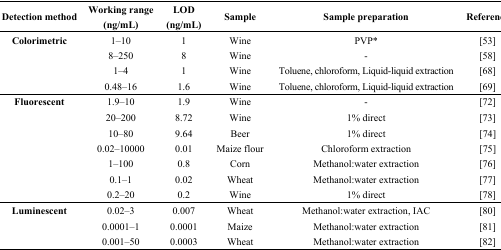
<table><thead><tr><td><b>Detection method</b></td><td><b>Working range (ng/mL)</b></td><td><b>LOD (ng/mL)</b></td><td><b>Sample</b></td><td><b>Sample preparation</b></td><td><b>Reference</b></td></tr></thead><tbody><tr><td rowspan="4"><b>Colorimetric</b></td><td>1–10</td><td>1</td><td>Wine</td><td>PVP*</td><td>[53]</td></tr><tr><td>8–250</td><td>8</td><td>Wine</td><td>-</td><td>[58]</td></tr><tr><td>1–4</td><td>1</td><td>Wine</td><td>Toluene, chloroform, Liquid-liquid extraction</td><td>[68]</td></tr><tr><td>0.48–16</td><td>1.6</td><td>Wine</td><td>Toluene, chloroform, Liquid-liquid extraction</td><td>[69]</td></tr><tr><td rowspan="7"><b>Fluorescent</b></td><td>1.9–10</td><td>1.9</td><td>Wine</td><td>-</td><td>[72]</td></tr><tr><td>20–200</td><td>8.72</td><td>Wine</td><td>1% direct</td><td>[73]</td></tr><tr><td>10–80</td><td>9.64</td><td>Beer</td><td>1% direct</td><td>[74]</td></tr><tr><td>0.02–10000</td><td>0.01</td><td>Maize flour</td><td>Chloroform extraction</td><td>[75]</td></tr><tr><td>1–100</td><td>0.8</td><td>Corn</td><td>Methanol:water extraction</td><td>[76]</td></tr><tr><td>0.1–1</td><td>0.02</td><td>Wheat </td><td>Methanol:water extraction</td><td>[77]</td></tr><tr><td>0.2–20</td><td>0.2</td><td>Wine</td><td>1% direct</td><td>[78]</td></tr><tr><td rowspan="3"><b>Luminescent</b></td><td>0.02–3</td><td>0.007</td><td>Wheat</td><td>Methanol:water extraction, IAC</td><td>[80]</td></tr><tr><td>0.0001–1</td><td>0.0001</td><td>Maize</td><td>Methanol:water extraction</td><td>[81]</td></tr><tr><td>0.001–50</td><td>0.0003</td><td>Wheat</td><td>Methanol:water extraction</td><td>[82]</td></tr></tbody></table>